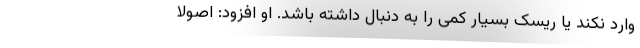
وارد نکند یا ریسک بسیار کمی را به دنبال داشته باشد. او افزود: اصولا